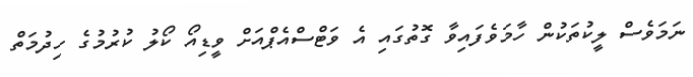
ނަމަވެސް ލީކުތަކުން ހާމަވެފައިވާ ގޮތުގައި އެ ވަޓްސްއެޕްއަށް ވީޑިއޯ ކޯލު ކުރުމުގެ ހިދުމަތް